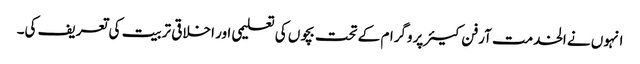
انہوں نے الخدمت آرفن کیئر پروگرام کے تحت بچوں کی تعلیمی اور اخلاقی تربیت کی تعریف کی۔